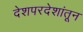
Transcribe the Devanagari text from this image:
देशपरदेशांतून